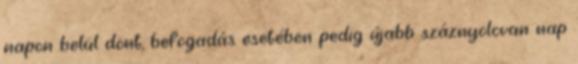
napon belül dönt, befogadás esetében pedig újabb száznyolcvan nap